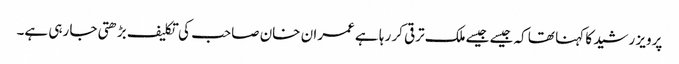
پرویز رشید کا کہنا تھا کہ جیسے جیسےملک ترقی کر رہا ہے عمران خان صاحب کی تکلیف بڑھتی جا رہی ہے۔